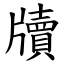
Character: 牘